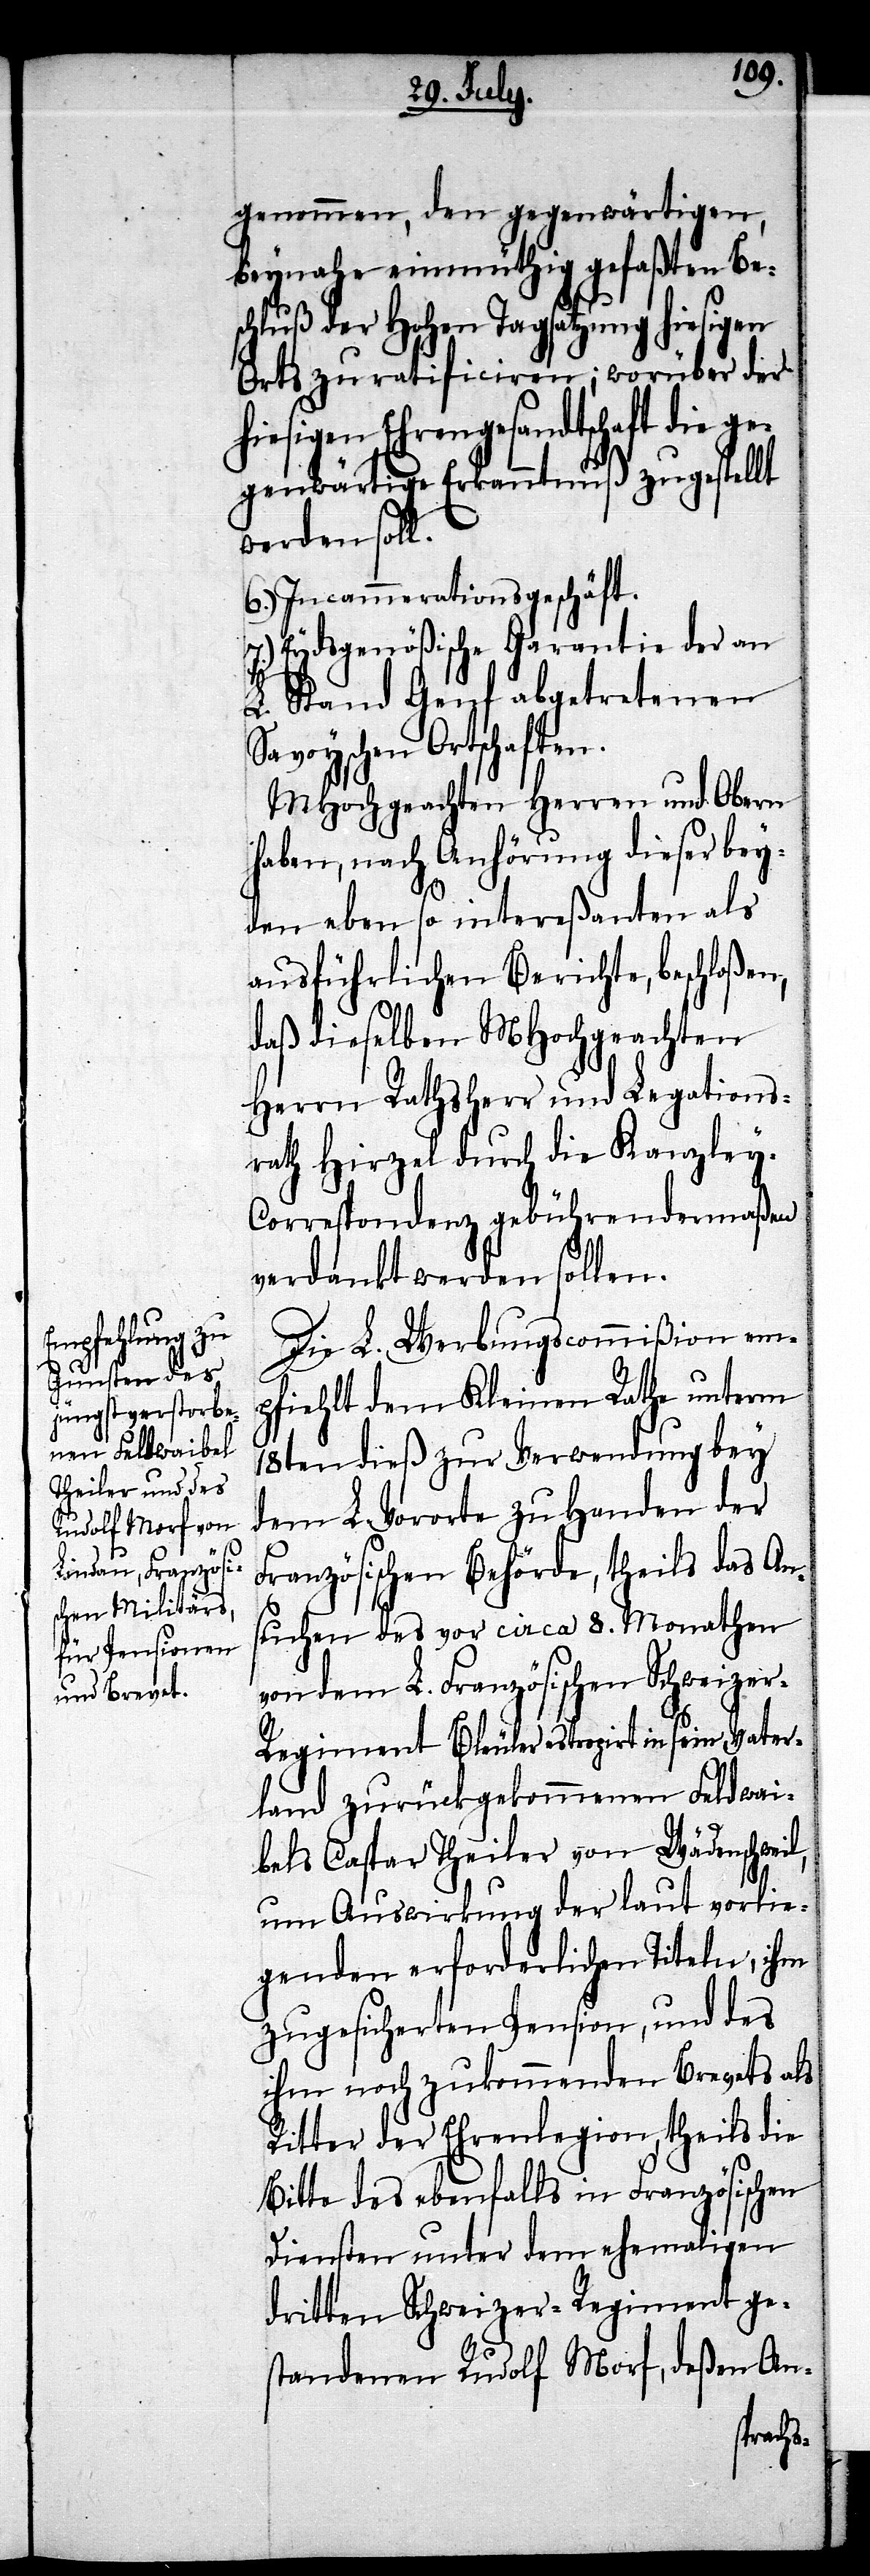
genommen, den gegenwärtigen,
beynahe einmüthig gefaßten Bes¬
chluß der Hohen Tagsatzung hiesigen
Orts zu ratificiren; worüber der
hiesigen Ehrengesandtschaft die
gegenwärtige Erkanntnuß zugestellt
werden soll.
6.) Incammerationsgeschäft.
7.) Eydsgenößische Garantie der an
L. Stand Genf abgetretenen
Savoyschen Ortschaften.
MHochgeachten Herren und Obern
haben, nach Anhörung dieser bey¬
den eben so intereßanten als
ausführlichen Berichte, beschloßen,
daß dieselben MHochgeachten
Herrn Rathsherr und Legations¬
rath Hirzel durch die Kanzley-C¬
orrespondenz gebührendermaßen
verdankt werden sollen.
Die L. Werbungscommißion em¬
pfiehlt dem Kleinen Rathe unterm
18ten dieß zur Verwendung bey
dem L. Vororte zu Handen der
Französischen Behörde, theils das An¬
suchen des vor circa 8. Monathen
von dem L. Französischen Schweize¬
r-Regiment Bleuler estropirt in sein Vater¬
land zurückgekommenen Feldwai¬
bels Caspar Theiler von Wädenschweil,
um Auswirkung der laut vorlie¬
genden erforderlichen Titeln, ihm
zugesicherten Pension, und des
ihm noch zukommenden Brevets als
Ritter der Ehrenlegion, theils die
Bitte des ebenfalls in Französischen
Diensten unter dem ehemaligen
dritten Schweizer-Regiment ge¬
standenen Rudolf Morf, deßen An-